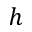
h